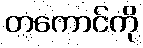
တကောင်ကို